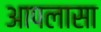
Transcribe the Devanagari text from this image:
आपलासा